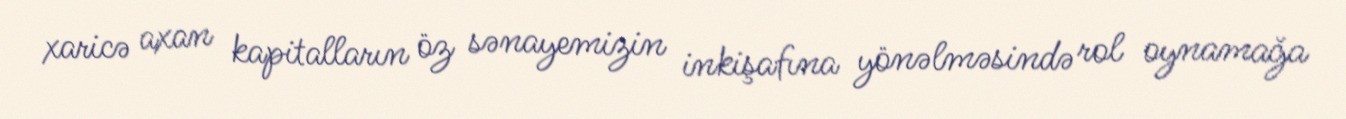
xaricə axan kapitalların öz sənayemizin inkişafına yönəlməsində rol oynamağa